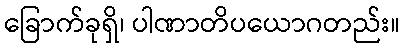
ခြောက်ခုရှိ၊ ပါဏာတိပယောဂတည်း။